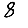
Digit: 8